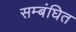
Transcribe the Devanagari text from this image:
सम्बंघित